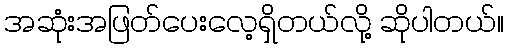
အဆုံးအဖြတ်ပေးလေ့ရှိတယ်လို့ ဆိုပါတယ်။